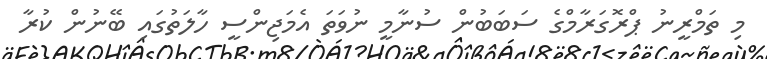
މި ތަމްރީނު ޕްރޮގަރާމްގެ ސަބަބުން ސުނާމީ ނުވަތަ އެމަޖިންސީ ހާލަތުގައި ބޭނުން ކުރާ